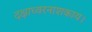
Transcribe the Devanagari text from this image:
दक्षाध्वरनाशकाय।